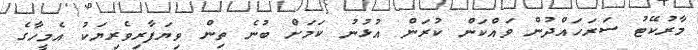
މާރުކޭޓު ސަރަހައްދުން ވައްކަން ކުރަން އުޅުނު ކަމަށް ބުނެ ތިން ވިޔަފާރިވެރިޔަކު އެމީހާގެ